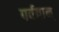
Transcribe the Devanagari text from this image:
पर्वतान्